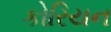
કોરિયન